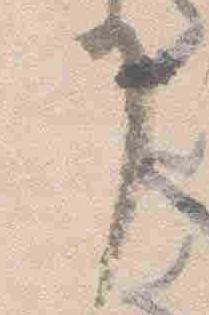
了